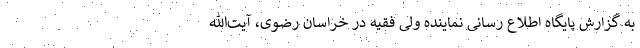
به گزارش پایگاه اطلاع رسانی نماینده ولی فقیه در خراسان رضوی، آیت‌الله